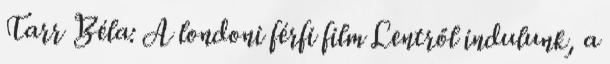
Tarr Béla: A londoni férfi film Lentről indulunk, a